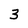
Character: 3